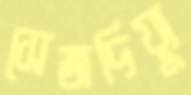
সেজদিয়্যু